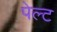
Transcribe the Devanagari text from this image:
पेल्ट